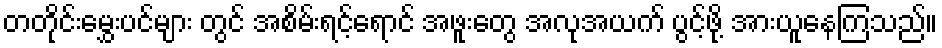
တတိုင်းမွှေးပင်များ တွင် အစိမ်းရင့်ရောင် အဖူးတွေ အလုအယက် ပွင့်ဖို့ အားယူနေကြသည်။